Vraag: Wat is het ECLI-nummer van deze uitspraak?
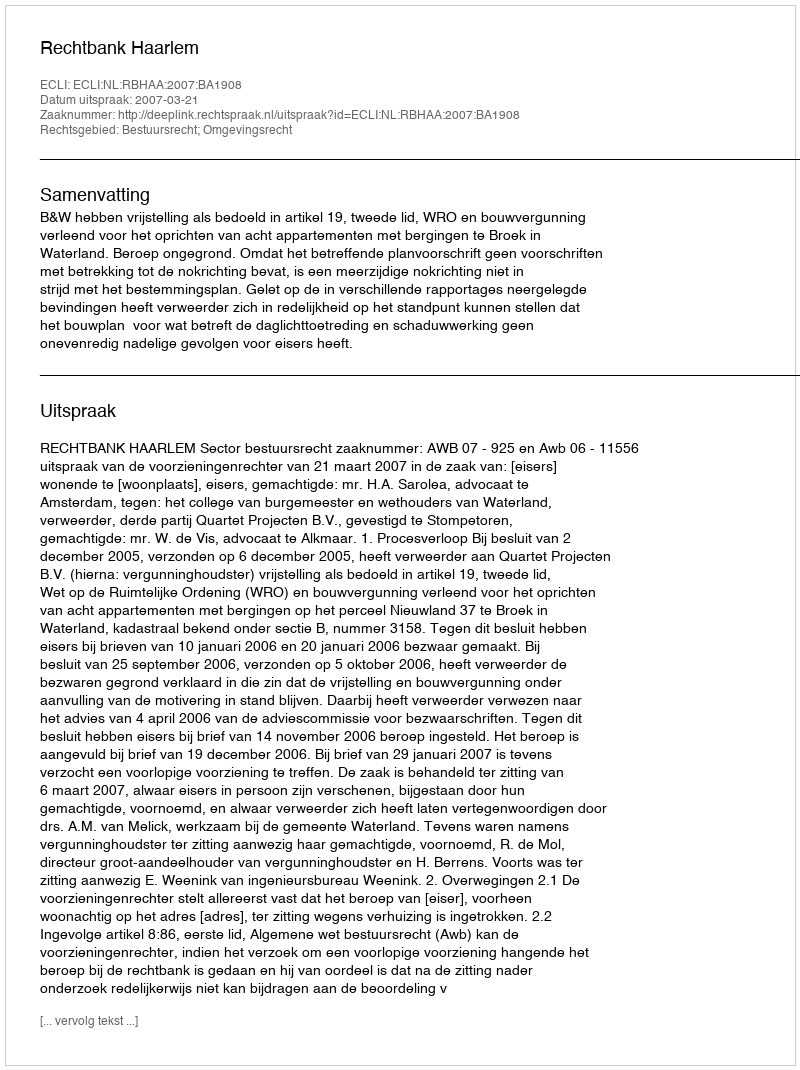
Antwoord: ECLI:NL:RBHAA:2007:BA1908